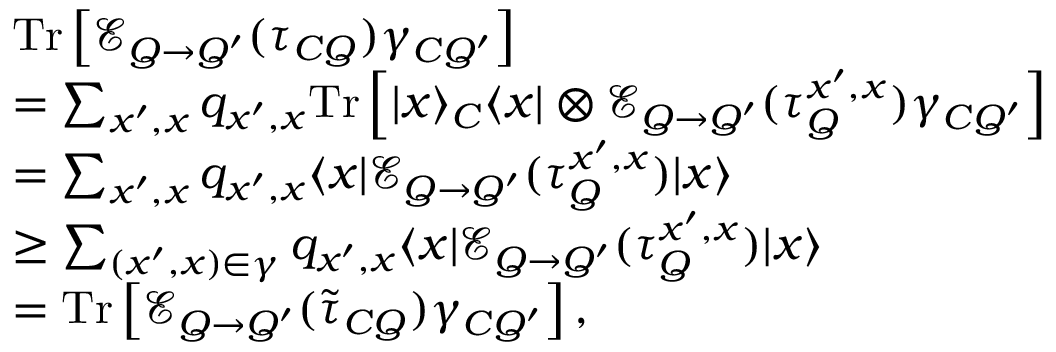
\begin{array} { r l } & { \mathrm { T r } \left[ \mathcal { E } _ { Q \rightarrow Q ^ { \prime } } ( \tau _ { C Q } ) \gamma _ { C Q ^ { \prime } } \right] } \\ & { = \sum _ { x ^ { \prime } , x } q _ { x ^ { \prime } , x } \mathrm { T r } \left[ | x \rangle _ { C } \langle x | \otimes \mathcal { E } _ { Q \rightarrow Q ^ { \prime } } ( \tau _ { Q } ^ { x ^ { \prime } , x } ) \gamma _ { C Q ^ { \prime } } \right] } \\ & { = \sum _ { x ^ { \prime } , x } q _ { x ^ { \prime } , x } \langle x | \mathcal { E } _ { Q \rightarrow Q ^ { \prime } } ( \tau _ { Q } ^ { x ^ { \prime } , x } ) | x \rangle } \\ & { \geq \sum _ { ( x ^ { \prime } , x ) \in \gamma } q _ { x ^ { \prime } , x } \langle x | \mathcal { E } _ { Q \rightarrow Q ^ { \prime } } ( \tau _ { Q } ^ { x ^ { \prime } , x } ) | x \rangle } \\ & { = \mathrm { T r } \left[ \mathcal { E } _ { Q \rightarrow Q ^ { \prime } } ( \tilde { \tau } _ { C Q } ) \gamma _ { C Q ^ { \prime } } \right] , } \end{array}